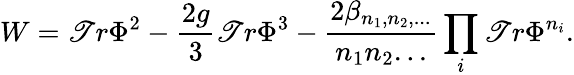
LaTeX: W=\mathscr{T}r\Phi^{2}-\frac{{2g}}{{3}}\mathscr{T}r\Phi^{3}-\frac{{2\beta_{n_{1},n_{2},...}}}{{n_{1}n_{2}...}}\prod_{i}\mathscr{T}r\Phi^{n_{i}}.